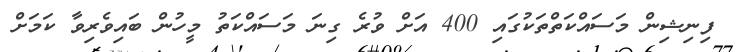
ފިނިޝިން މަސައްކަތްތަކުގައި 400 އަށް ވުރެ ގިނަ މަސައްކަތު މީހުން ބައިވެރިވާ ކަމަށް